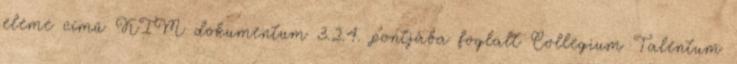
eleme című KIM dokumentum 3.2.4. pontjába foglalt Collegium Talentum